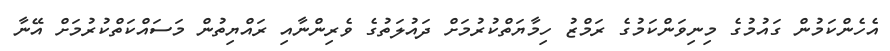
އެހެންކަމުން ގައުމުގެ މިނިވަންކަމުގެ ރަމްޒު ހިމާޔަތްކުރުމަށް ދައުލަތުގެ ވެރިންނާއި ރައްޔިތުން މަސައްކަތްކުރުމަށް އޭނާ